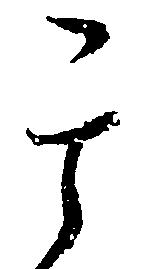
其